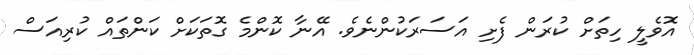
އޮވެލީ ހިތަށް ކުރަން ފެށި އަސަރަކުންނެވެ. އޭނާ ކޮންމެ ގޮތަކަށް ކަންތައް ކުރިއަސް